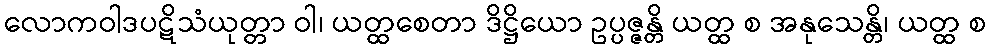
လောကဝါဒပဋိသံယုတ္တာ ဝါ၊ ယတ္ထစေတာ ဒိဋ္ဌိယော ဥပ္ပဇ္ဇန္တိ ယတ္ထ စ အနုသေန္တိ၊ ယတ္ထ စ